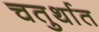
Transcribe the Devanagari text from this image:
चतुर्थात